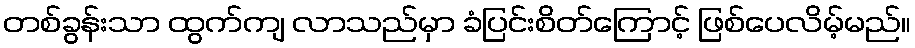
တစ်ခွန်းသာ ထွက်ကျ လာသည်မှာ ခံပြင်းစိတ်ကြောင့် ဖြစ်ပေလိမ့်မည်။